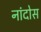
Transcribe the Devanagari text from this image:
नांदोस